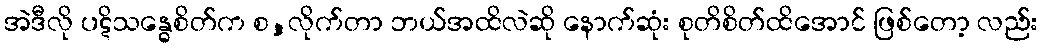
အဲဒီလို ပဋိသန္ဓေစိတ်က စ,လိုက်တာ ဘယ်အထိလဲဆို နောက်ဆုံး စုတိစိတ်ထိအောင် ဖြစ်တော့ လည်း